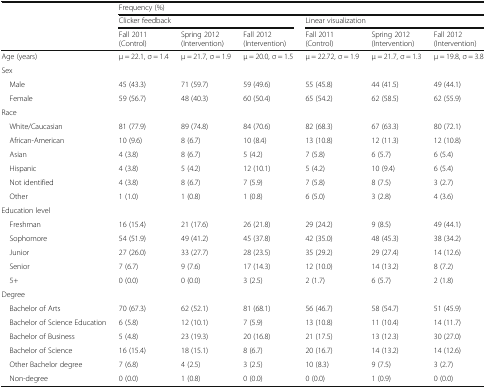
<table><thead><tr><td rowspan="3"></td><td colspan="6"><b>Frequency (%)</b></td></tr><tr><td colspan="3"><b>Clicker feedback</b></td><td colspan="3"><b>Linear visualization</b></td></tr><tr><td><b>Fall 2011 (Control)</b></td><td><b>Spring 2012 (Intervention)</b></td><td><b>Fall 2012 (Intervention)</b></td><td><b>Fall 2011 (Control)</b></td><td><b>Spring 2012 (Intervention)</b></td><td><b>Fall 2012 (Intervention)</b></td></tr></thead><tbody><tr><td>Age (years)</td><td>μ = 22.1, σ = 1.4</td><td>μ = 21.7, σ = 1.9</td><td>μ = 20.0, σ = 1.5</td><td>μ = 22.72, σ = 1.9</td><td>μ = 21.7, σ = 1.3</td><td>μ = 19.8, σ = 3.8</td></tr><tr><td colspan="7">Sex</td></tr><tr><td> Male</td><td>45 (43.3)</td><td>71 (59.7)</td><td>59 (49.6)</td><td>55 (45.8)</td><td>44 (41.5)</td><td>49 (44.1)</td></tr><tr><td> Female</td><td>59 (56.7)</td><td>48 (40.3)</td><td>60 (50.4)</td><td>65 (54.2)</td><td>62 (58.5)</td><td>62 (55.9)</td></tr><tr><td colspan="7">Race</td></tr><tr><td> White/Caucasian</td><td>81 (77.9)</td><td>89 (74.8)</td><td>84 (70.6)</td><td>82 (68.3)</td><td>67 (63.3)</td><td>80 (72.1)</td></tr><tr><td> African-American</td><td>10 (9.6)</td><td>8 (6.7)</td><td>10 (8.4)</td><td>13 (10.8)</td><td>12 (11.3)</td><td>12 (10.8)</td></tr><tr><td> Asian</td><td>4 (3.8)</td><td>8 (6.7)</td><td>5 (4.2)</td><td>7 (5.8)</td><td>6 (5.7)</td><td>6 (5.4)</td></tr><tr><td> Hispanic</td><td>4 (3.8)</td><td>5 (4.2)</td><td>12 (10.1)</td><td>5 (4.2)</td><td>10 (9.4)</td><td>6 (5.4)</td></tr><tr><td> Not identified</td><td>4 (3.8)</td><td>8 (6.7)</td><td>7 (5.9)</td><td>7 (5.8)</td><td>8 (7.5)</td><td>3 (2.7)</td></tr><tr><td> Other</td><td>1 (1.0)</td><td>1 (0.8)</td><td>1 (0.8)</td><td>6 (5.0)</td><td>3 (2.8)</td><td>4 (3.6)</td></tr><tr><td colspan="7">Education level</td></tr><tr><td> Freshman</td><td>16 (15.4)</td><td>21 (17.6)</td><td>26 (21.8)</td><td>29 (24.2)</td><td>9 (8.5)</td><td>49 (44.1)</td></tr><tr><td> Sophomore</td><td>54 (51.9)</td><td>49 (41.2)</td><td>45 (37.8)</td><td>42 (35.0)</td><td>48 (45.3)</td><td>38 (34.2)</td></tr><tr><td> Junior</td><td>27 (26.0)</td><td>33 (27.7)</td><td>28 (23.5)</td><td>35 (29.2)</td><td>29 (27.4)</td><td>14 (12.6)</td></tr><tr><td> Senior</td><td>7 (6.7)</td><td>9 (7.6)</td><td>17 (14.3)</td><td>12 (10.0)</td><td>14 (13.2)</td><td>8 (7.2)</td></tr><tr><td> 5+</td><td>0 (0.0)</td><td>0 (0.0)</td><td>3 (2.5)</td><td>2 (1.7)</td><td>6 (5.7)</td><td>2 (1.8)</td></tr><tr><td colspan="7">Degree</td></tr><tr><td> Bachelor of Arts</td><td>70 (67.3)</td><td>62 (52.1)</td><td>81 (68.1)</td><td>56 (46.7)</td><td>58 (54.7)</td><td>51 (45.9)</td></tr><tr><td> Bachelor of Science Education</td><td>6 (5.8)</td><td>12 (10.1)</td><td>7 (5.9)</td><td>13 (10.8)</td><td>11 (10.4)</td><td>14 (11.7)</td></tr><tr><td> Bachelor of Business</td><td>5 (4.8)</td><td>23 (19.3)</td><td>20 (16.8)</td><td>21 (17.5)</td><td>13 (12.3)</td><td>30 (27.0)</td></tr><tr><td> Bachelor of Science</td><td>16 (15.4)</td><td>18 (15.1)</td><td>8 (6.7)</td><td>20 (16.7)</td><td>14 (13.2)</td><td>14 (12.6)</td></tr><tr><td> Other Bachelor degree</td><td>7 (6.8)</td><td>4 (2.5)</td><td>3 (2.5)</td><td>10 (8.3)</td><td>9 (7.5)</td><td>3 (2.7)</td></tr><tr><td> Non-degree</td><td>0 (0.0)</td><td>1 (0.8)</td><td>0 (0.0)</td><td>0 (0.0)</td><td>1 (0.9)</td><td>0 (0.0)</td></tr></tbody></table>